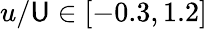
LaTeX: u/\mathsf{U}\in[-0.3,1.2]